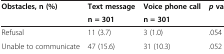
<table><thead><tr><td rowspan="2"><b>Obstacles, n (%)</b></td><td><b>Text message</b></td><td><b>Voice phone call</b></td><td rowspan="2"><b><i>p</i>value</b></td></tr><tr><td><b>n = 301</b></td><td><b>n = 301</b></td></tr></thead><tbody><tr><td>Refusal</td><td>11 (3.7)</td><td>3 (1.0)</td><td>.054</td></tr><tr><td>Unable to communicate</td><td>47 (15.6)</td><td>31 (10.3)</td><td>.052</td></tr></tbody></table>